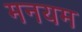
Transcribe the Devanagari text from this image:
मनयम